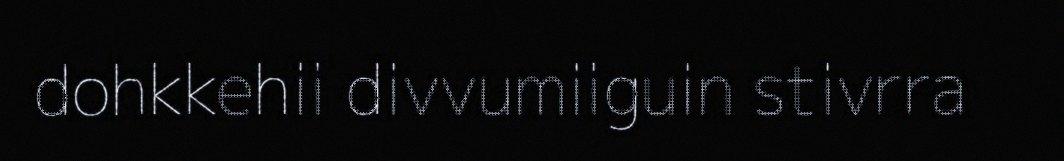
dohkkehii divvumiiguin stivrra